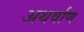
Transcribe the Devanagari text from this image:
अथर्वाण